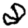
Digit: 8